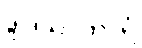
ဒွါဒသာကာရံ